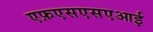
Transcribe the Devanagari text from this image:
एफ़एसएसएआई